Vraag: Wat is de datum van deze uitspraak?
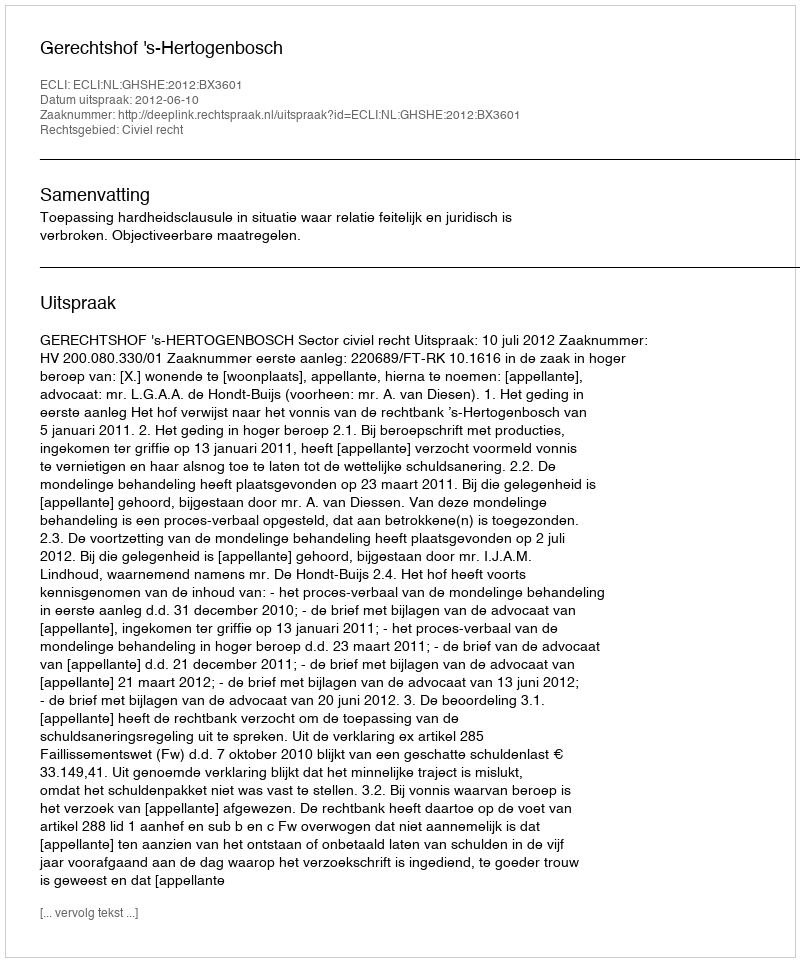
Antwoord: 2012-06-10